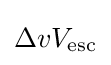
\Delta vV_{\text{esc}}